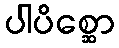
ပါပိစ္ဆော